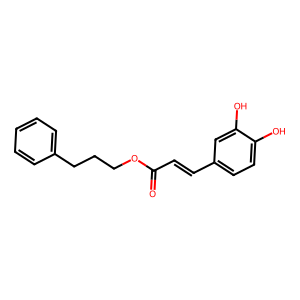
SMILES: O=C(C=Cc1ccc(O)c(O)c1)OCCCc1ccccc1
Inhibits HIV replication: No